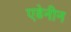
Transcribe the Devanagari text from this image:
एडेनीन